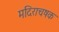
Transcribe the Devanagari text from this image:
मदिराचषक